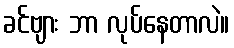
ခင်ဗျား ဘာ လုပ်နေတာလဲ။